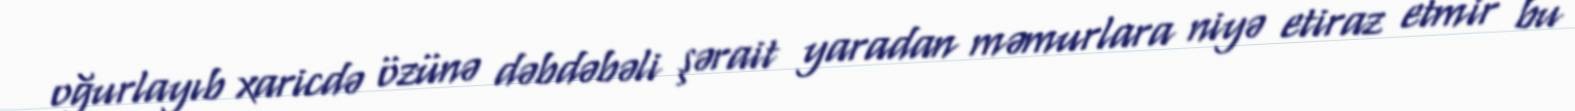
oğurlayıb xaricdə özünə dəbdəbəli şərait yaradan məmurlara niyə etiraz etmir bu